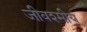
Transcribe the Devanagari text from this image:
जीवश्मीय